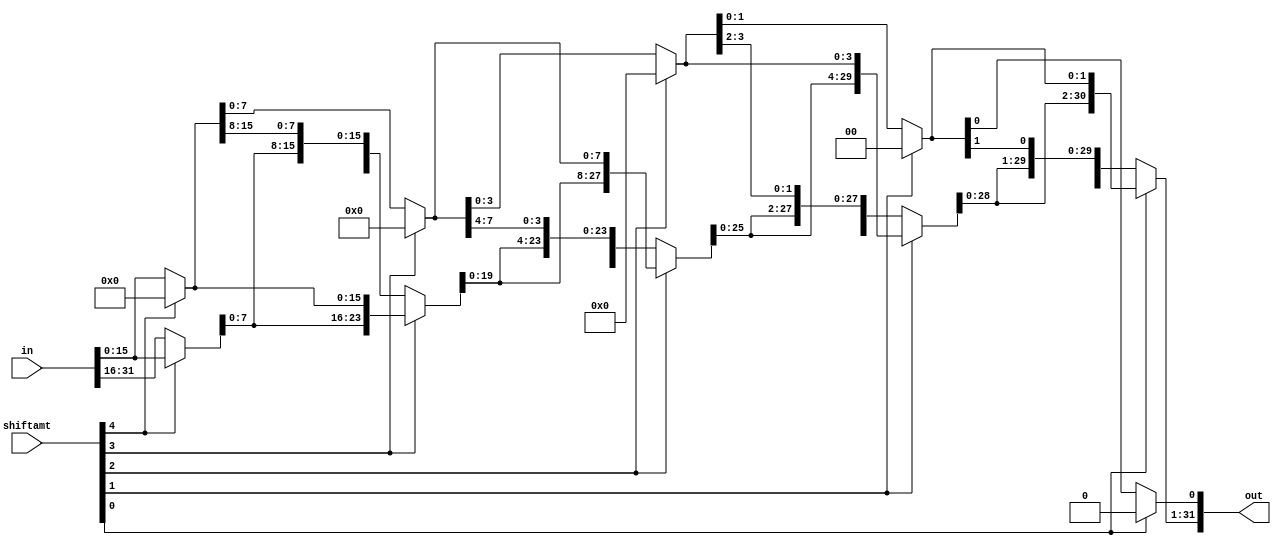
module logical_left_shifter(in, shiftamt, out);
    /* Port Declaration */
    input [31:0] in;
    input [4:0] shiftamt; 
    output [31:0] out; 

    wire [31:0] first_bit_out, second_bit_out, third_bit_out, fourth_bit_out, fifth_bit_out;

    // 16 bit shift
    assign first_bit_out[15:0] = shiftamt[4] ? 16'b0 : in[15:0];
    assign first_bit_out[31:16] = shiftamt[4] ? in[15:0] : in[31:16];

    // 8 bit shift
    assign second_bit_out[7:0] = shiftamt[3] ? 8'b0 : first_bit_out[7:0];
    assign second_bit_out[31:8] = shiftamt[3] ? first_bit_out[23:0] : first_bit_out[31:8];

    // 4 bit shift
    assign third_bit_out[3:0] = shiftamt[2] ? 4'b0 : second_bit_out[3:0];
    assign third_bit_out[31:4] = shiftamt[2] ? second_bit_out[27:0] : second_bit_out[31:4];

    // 2 bit shift
    assign fourth_bit_out[1:0] = shiftamt[1] ? 2'b0 : third_bit_out[1:0];
    assign fourth_bit_out[31:2] = shiftamt[1] ? third_bit_out[29:0] : third_bit_out[31:2];

    // 1 bit shift 
    assign fifth_bit_out[0] = shiftamt[0] ? 1'b0 : fourth_bit_out[0];
    assign fifth_bit_out[31:1] = shiftamt[0] ? fourth_bit_out[30:0] : fourth_bit_out[31:1];

    assign out = fifth_bit_out;
endmodule